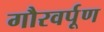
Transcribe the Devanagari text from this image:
गौरवर्पूण